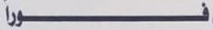
فورا